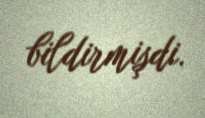
bildirmişdi.